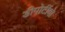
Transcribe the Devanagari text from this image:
डीपोर्टीवो